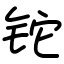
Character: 铊